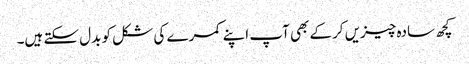
کچھ سادہ چیزیں کرکے بھی آپ اپنے کمرے کی شکل کو بدل سکتے ہیں۔